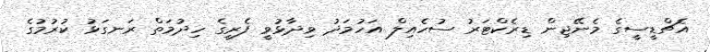
އެޗްޑީސީގެ މެނޭޖިން ޑިރެކްޓަރު ސުހެއިލް އަހުމަދު ވިދާޅުވީ ފެރީގެ ހިދުމަތް ރަނގަޅު ކުރުމުގެ